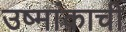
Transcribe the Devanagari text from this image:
उष्मांकाची